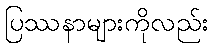
ပြဿနာများကိုလည်း